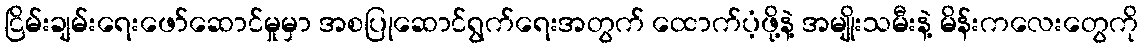
ငြိမ်းချမ်းရေးဖော်ဆောင်မှုမှာ အစပြုဆောင်ရွက်ရေးအတွက် ထောက်ပံ့ဖို့နဲ့ အမျိုးသမီးနဲ့ မိန်းကလေးတွေကို